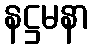
နဋ္ဌမနာ